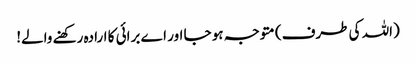
(اللہ کی طرف) متوجہ ہو جا اور اے برائی کا ارادہ رکھنے والے!